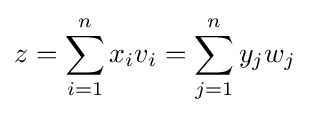
z=\sum _{i=1}^{n}x_{i}v_{i}=\sum _{j=1}^{n}y_{j}w_{j}